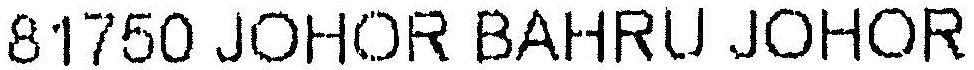
81750 JOHOR BAHRU JOHOR